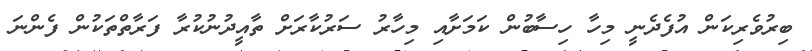
ބިރުވެރިކަން އުފެދެނީ މިހާ ހިސާބުން ކަމަށާއި މިހާރު ސަރުކާރަށް ތާއީދުނުކުރާ ފަރާތްތަކުން ފެންނަ